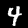
Label: 4